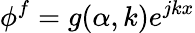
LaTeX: \phi^{f}=g(\alpha,k)e^{jkx}